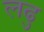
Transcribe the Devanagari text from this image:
लढु